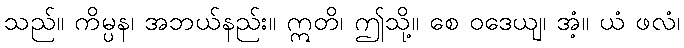
သည်။ ကိမ္ပန၊ အဘယ်နည်း။ ဣတိ၊ ဤသို့။ စေ ဝဒေယျ၊ အံ့။ ယံ ဖလံ၊